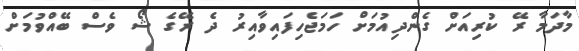
މާދަމާ ރޭ ކުރިއަށް ގެންދިއުމަށް ހަމަޖެހިފައިވާއިރު ދެ ރޭގެ ޝޯ ވެސް ބޭއްވުމަށް